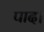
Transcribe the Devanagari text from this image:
पाद।